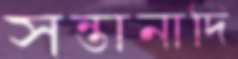
সন্তানাদি